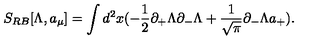
S _ { R B } [ \Lambda , a _ { \mu } ] = \int d ^ { 2 } x ( - \frac { 1 } { 2 } \partial _ { + } \Lambda \partial _ { - } \Lambda + \frac { 1 } { \sqrt { \pi } } \partial _ { - } \Lambda a _ { + } ) .